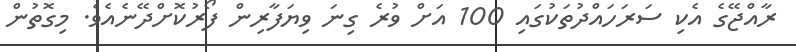
ރާއްޖޭގެ އެކި ސަރަހައްދުތަކުގައި 100 އަށް ވުރެ ގިނަ ވިޔަފާރިން ފޯރުކޮށްދޭނެއެވެ. މިގޮތުން